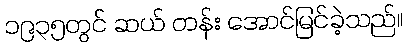
၁၉၃၅တွင် ဆယ် တန်း အောင်မြင်ခဲ့သည်။